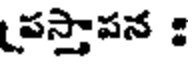
పస్తాపన :